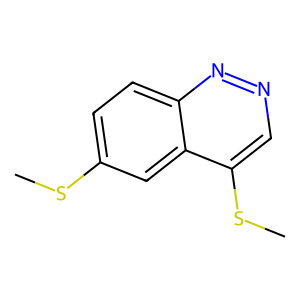
SMILES: CSc1ccc2nncc(SC)c2c1
Inhibits HIV replication: No